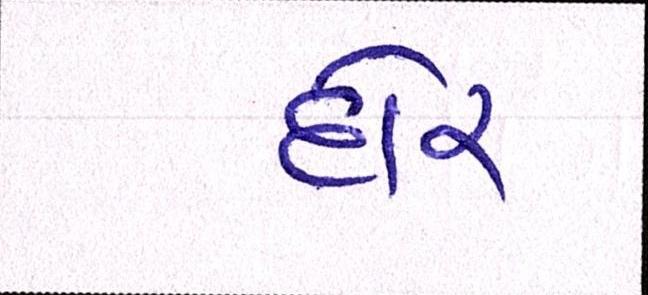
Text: દોર